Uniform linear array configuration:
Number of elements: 4
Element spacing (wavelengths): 0.75
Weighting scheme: blackman
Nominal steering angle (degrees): -30
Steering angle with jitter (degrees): -29.027
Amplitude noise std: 0.05
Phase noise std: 0.05

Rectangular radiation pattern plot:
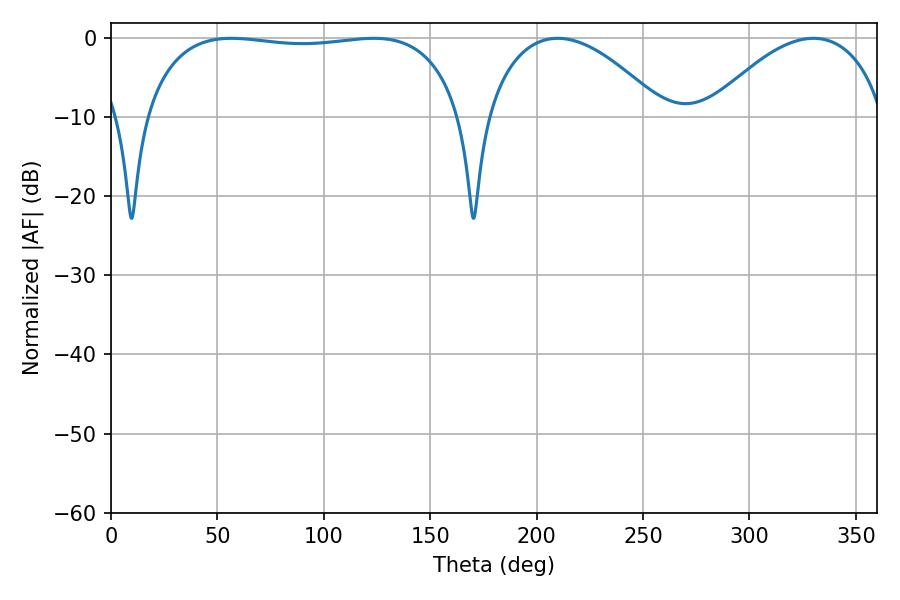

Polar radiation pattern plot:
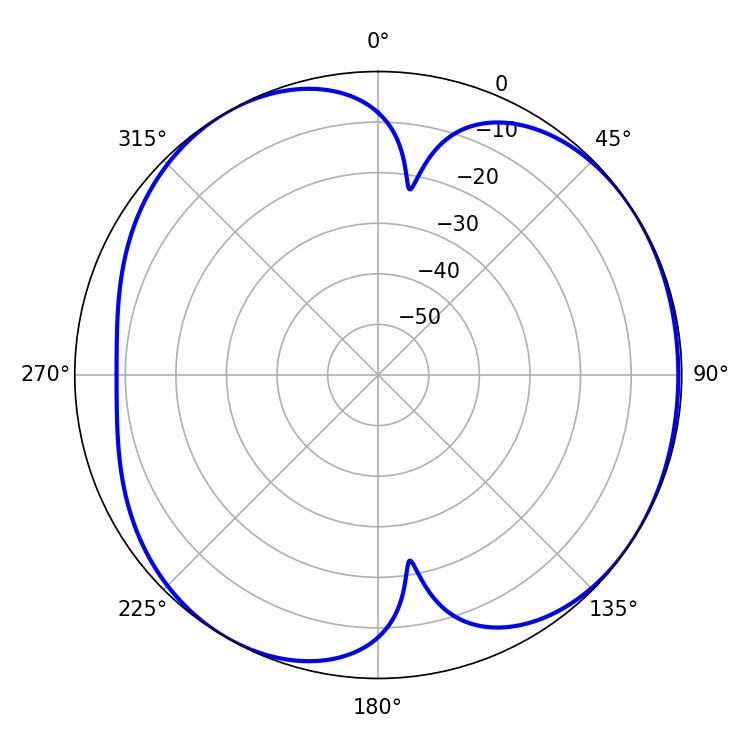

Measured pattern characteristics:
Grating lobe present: TRUE
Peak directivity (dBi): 5.046
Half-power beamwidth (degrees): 119.88
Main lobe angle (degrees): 56.52